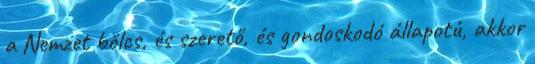
a Nemzet bölcs, és szerető, és gondoskodó állapotú, akkor